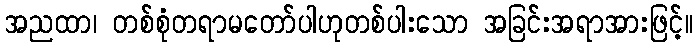
အညထာ၊ တစ်စုံတရာမတော်ပါဟုတစ်ပါးသော အခြင်းအရာအားဖြင့်။